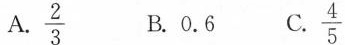
A. \frac{2}{3} B.0.6 C. \frac{4}{5}